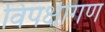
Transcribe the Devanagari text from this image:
विपक्षीगण